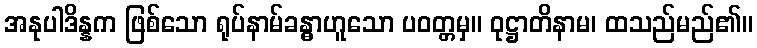
အနုပါဒိန္နက ဖြစ်သော ရုပ်နာမ်ခန္ဓာဟူသော ပဝတ္တမှ။ ဝုဋ္ဌာတိနာမ၊ ထသည်မည်၏။